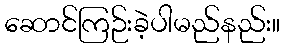
ဆောင်ကြဉ်းခဲ့ပါမည်နည်း။